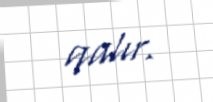
qalır.